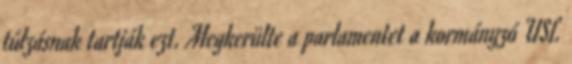
túlzásnak tartják ezt. Megkerülte a parlamentet a kormányzó USL